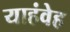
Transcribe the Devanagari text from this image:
याहंवेह